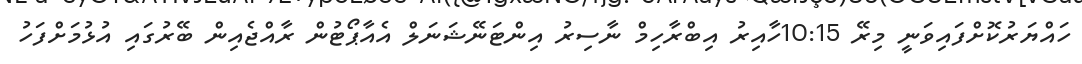
ހައްޔަރުކޮށްފައިވަނީ މިރޭ 10:15ހާއިރު އިބްރާހިމް ނާސިރު އިންޓަނޭޝަނަލް އެއާޕޯޓުން ރާއްޖެއިން ބޭރުގައި އުޅުމަށްފަހު